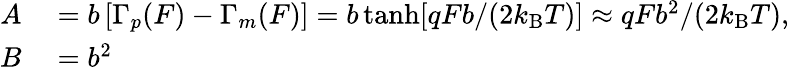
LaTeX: \begin{array}{rl}{A}&{{}=b\left[\Gamma_{p}(F)-\Gamma_{m}(F)\right]=b\operatorname{tanh}[qFb/(2k_{\mathrm{B}}T)]\approx qFb^{2}/(2k_{\mathrm{B}}T),}\\ {B}&{{}=b^{2}}\end{array}